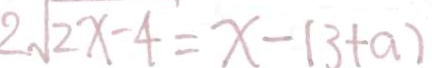
2 \sqrt { 2 x - 4 } = x - ( 3 + a )